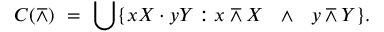
C ( \barwedge ) \ = \ \bigcup \{ x X \cdot y Y : x \barwedge X \ \ \land \ \ y \barwedge Y \} .